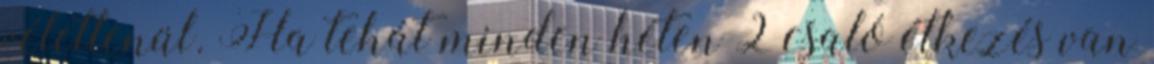
véletlenül. Ha tehát minden héten 2 csaló étkezés van